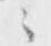
々